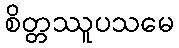
စိတ္တဿူပသမေ